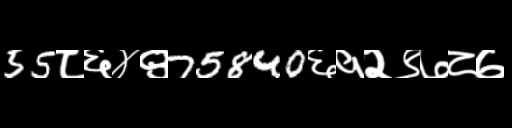
Text: 55८६४९75840६१२९७८७